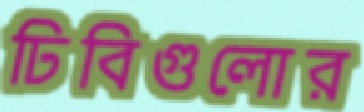
ঢিবিগুলোর